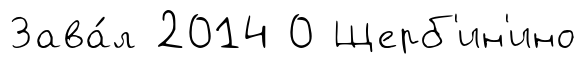
Зава́л 2014 0 Щерб'ин'ино